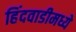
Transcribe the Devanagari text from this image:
हिंदवाडीमध्ये